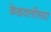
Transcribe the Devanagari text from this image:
केळवलीच्या